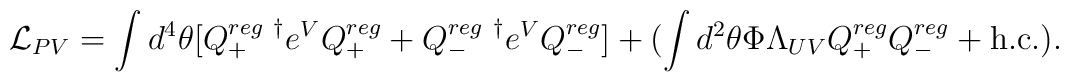
{\cal L}_{PV} = \int d^4 \theta [Q_+^{reg ~ \dagger} e^V Q^{reg}_+  + Q^{reg ~ \dagger}_- e^V Q_-^{reg}]  + (\int d^2\theta \Phi \Lambda_{UV} Q_+^{reg} Q_-^{reg} + {\rm h.c.}).